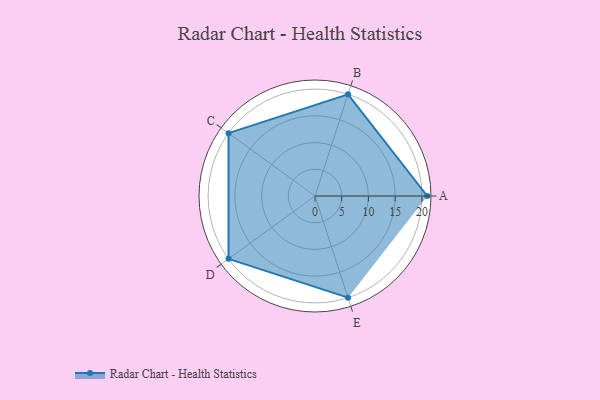
{"axis": {"x": "Skill", "y": "Score"}, "legend": ["Profile"], "data": [{"x": "A", "y": 21.0, "type": "Profile"}, {"x": "B", "y": 20.0, "type": "Profile"}, {"x": "C", "y": 20, "type": "Profile"}, {"x": "D", "y": 20, "type": "Profile"}, {"x": "E", "y": 20, "type": "Profile"}]}